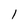
Character: 1